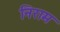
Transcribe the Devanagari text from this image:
निराम